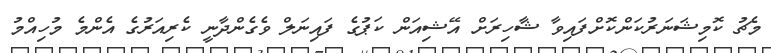
މެޗު ކޮމިޝަނަރުކަންކޮށްފައިވާ ޝާހިރަށް އޭޝިއަން ކަޕުގެ ފައިނަލް ވެގެންދާނީ ކެރިއަރުގެ އެންމެ މުހިއްމު